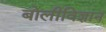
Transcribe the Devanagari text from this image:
बोलीविज्ञान